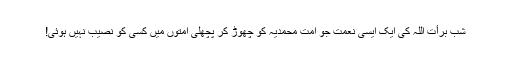
شب برأت اللہ کی ایک ایسی نعمت جو امت محمدیہ ؐکو چھوڑ کر پچھلی امتوں میں کسی کو نصیب نہیں ہوئی!